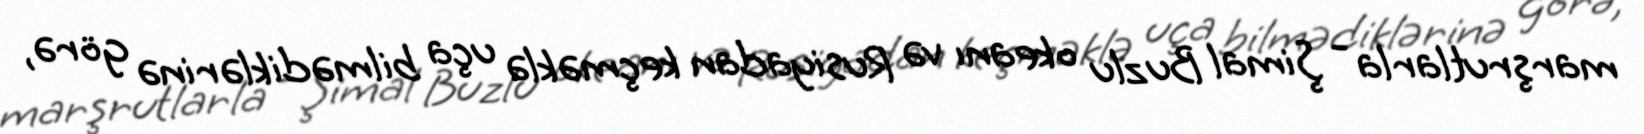
marşrutlarla - Şimal Buzlu okeanı və Rusiyadan keçməklə uça bilmədiklərinə görə,